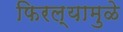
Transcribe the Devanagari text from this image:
फिरल्यामुळे